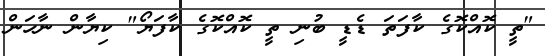
"ތީ ކޮއްކޮގެ ކާފަތަ ޑެޑީ ބުނި ތީ ކޮއްކޮގެ ކާފަޔޯ" ކިޔާން ނާހަން